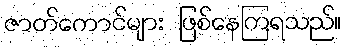
ဇာတ်ကောင်များ ဖြစ်နေကြရသည်။